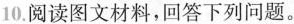
10.阅读图文材料，回答下列问题。